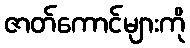
ဇာတ်ကောင်များကို